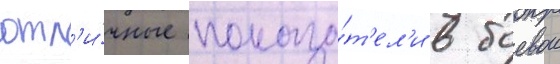
отл'и́чные показа́т'ел'и в боевои